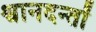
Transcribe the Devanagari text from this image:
श्वानदन्तों